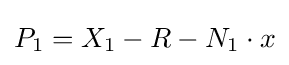
P_{1}=X_{1}-R-N_{1}\cdot x